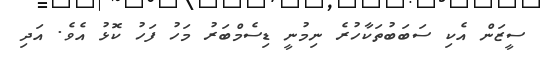
ސީޒަން އެކި ސަބަބުތަކާހުރެ ނިމުނީ ޑިސެމްބަރު މަހު ފަހު ކޮޅު އެވެ. އަދި